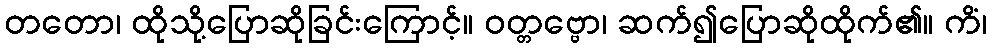
တတော၊ ထိုသို့ပြောဆိုခြင်းကြောင့်။ ဝတ္တဗ္ဗော၊ ဆက်၍ပြောဆိုထိုက်၏။ ကိံ၊